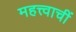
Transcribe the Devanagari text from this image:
महत्त्वाचीं